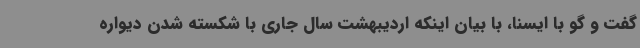
گفت و گو با ایسنا، با بیان اینکه اردیبهشت سال جاری با شکسته شدن دیواره